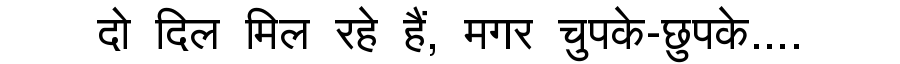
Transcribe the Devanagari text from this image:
दो दिल मिल रहे हैं, मगर चुपके-छुपके....